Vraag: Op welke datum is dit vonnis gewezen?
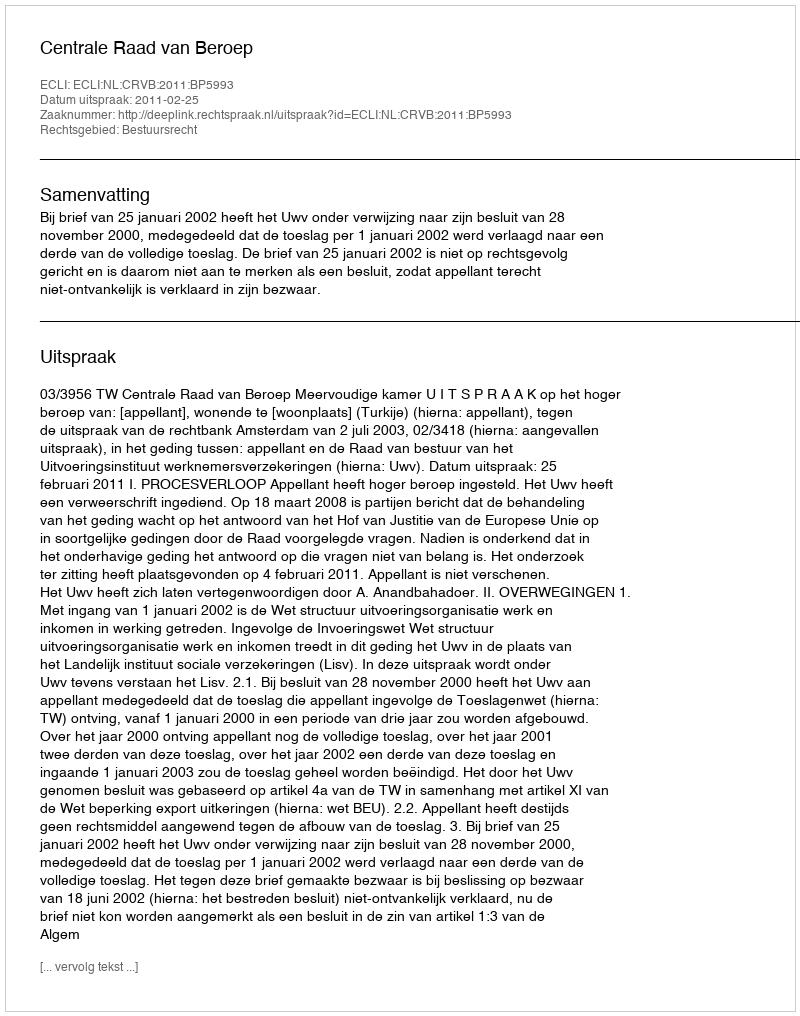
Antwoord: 2011-02-25